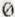
0